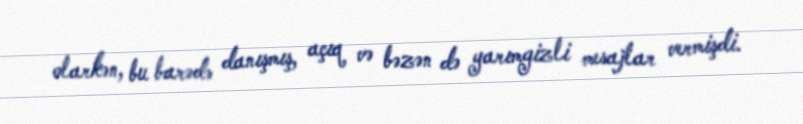
olarkən, bu barədə danışmış, açıq və bəzən də yarımgizli mesajlar vermişdi.